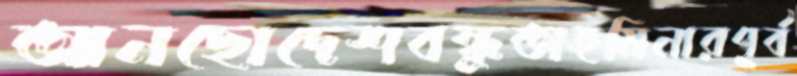
আনছোদেশবন্ধুতাহমিনারপূর্ব